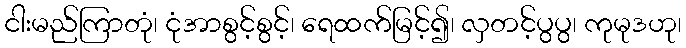
ငါးမည်ကြာတုံ၊ ငုံအာစွင့်စွင့်၊ ရေထက်မြင့်၍၊ လှတင့်ပွပွ၊ ကုမုဒဟု၊